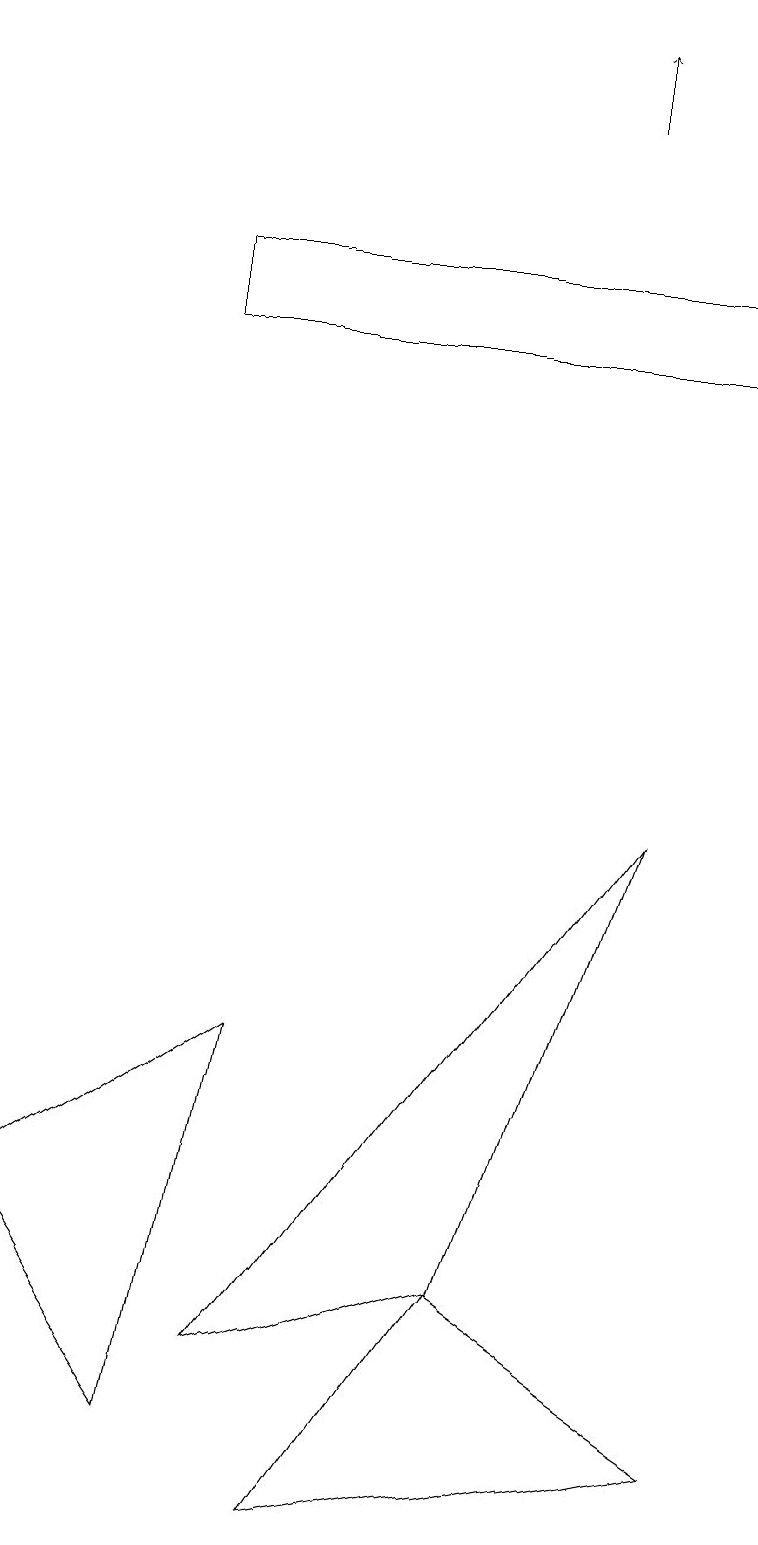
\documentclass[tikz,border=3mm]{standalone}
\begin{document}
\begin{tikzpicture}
\draw[->] (7,18) -- (7,19);
\draw (2,1) -- (0,4) -- (3,6) -- cycle;
\draw (6,3) -- (3,2) -- (8,9) -- cycle;
\draw (6,3) -- (9,1) -- (4,0) -- cycle;
\draw (2,16) rectangle (9,15);
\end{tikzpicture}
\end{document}